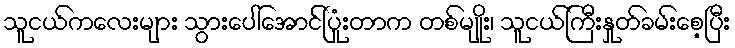
သူငယ်ကလေးများ သွားပေါ်အောင်ပြုံးတာက တစ်မျိုး၊ သူငယ်ကြီးနှုတ်ခမ်းစေ့ပြီး